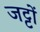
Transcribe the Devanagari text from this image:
जट्टों